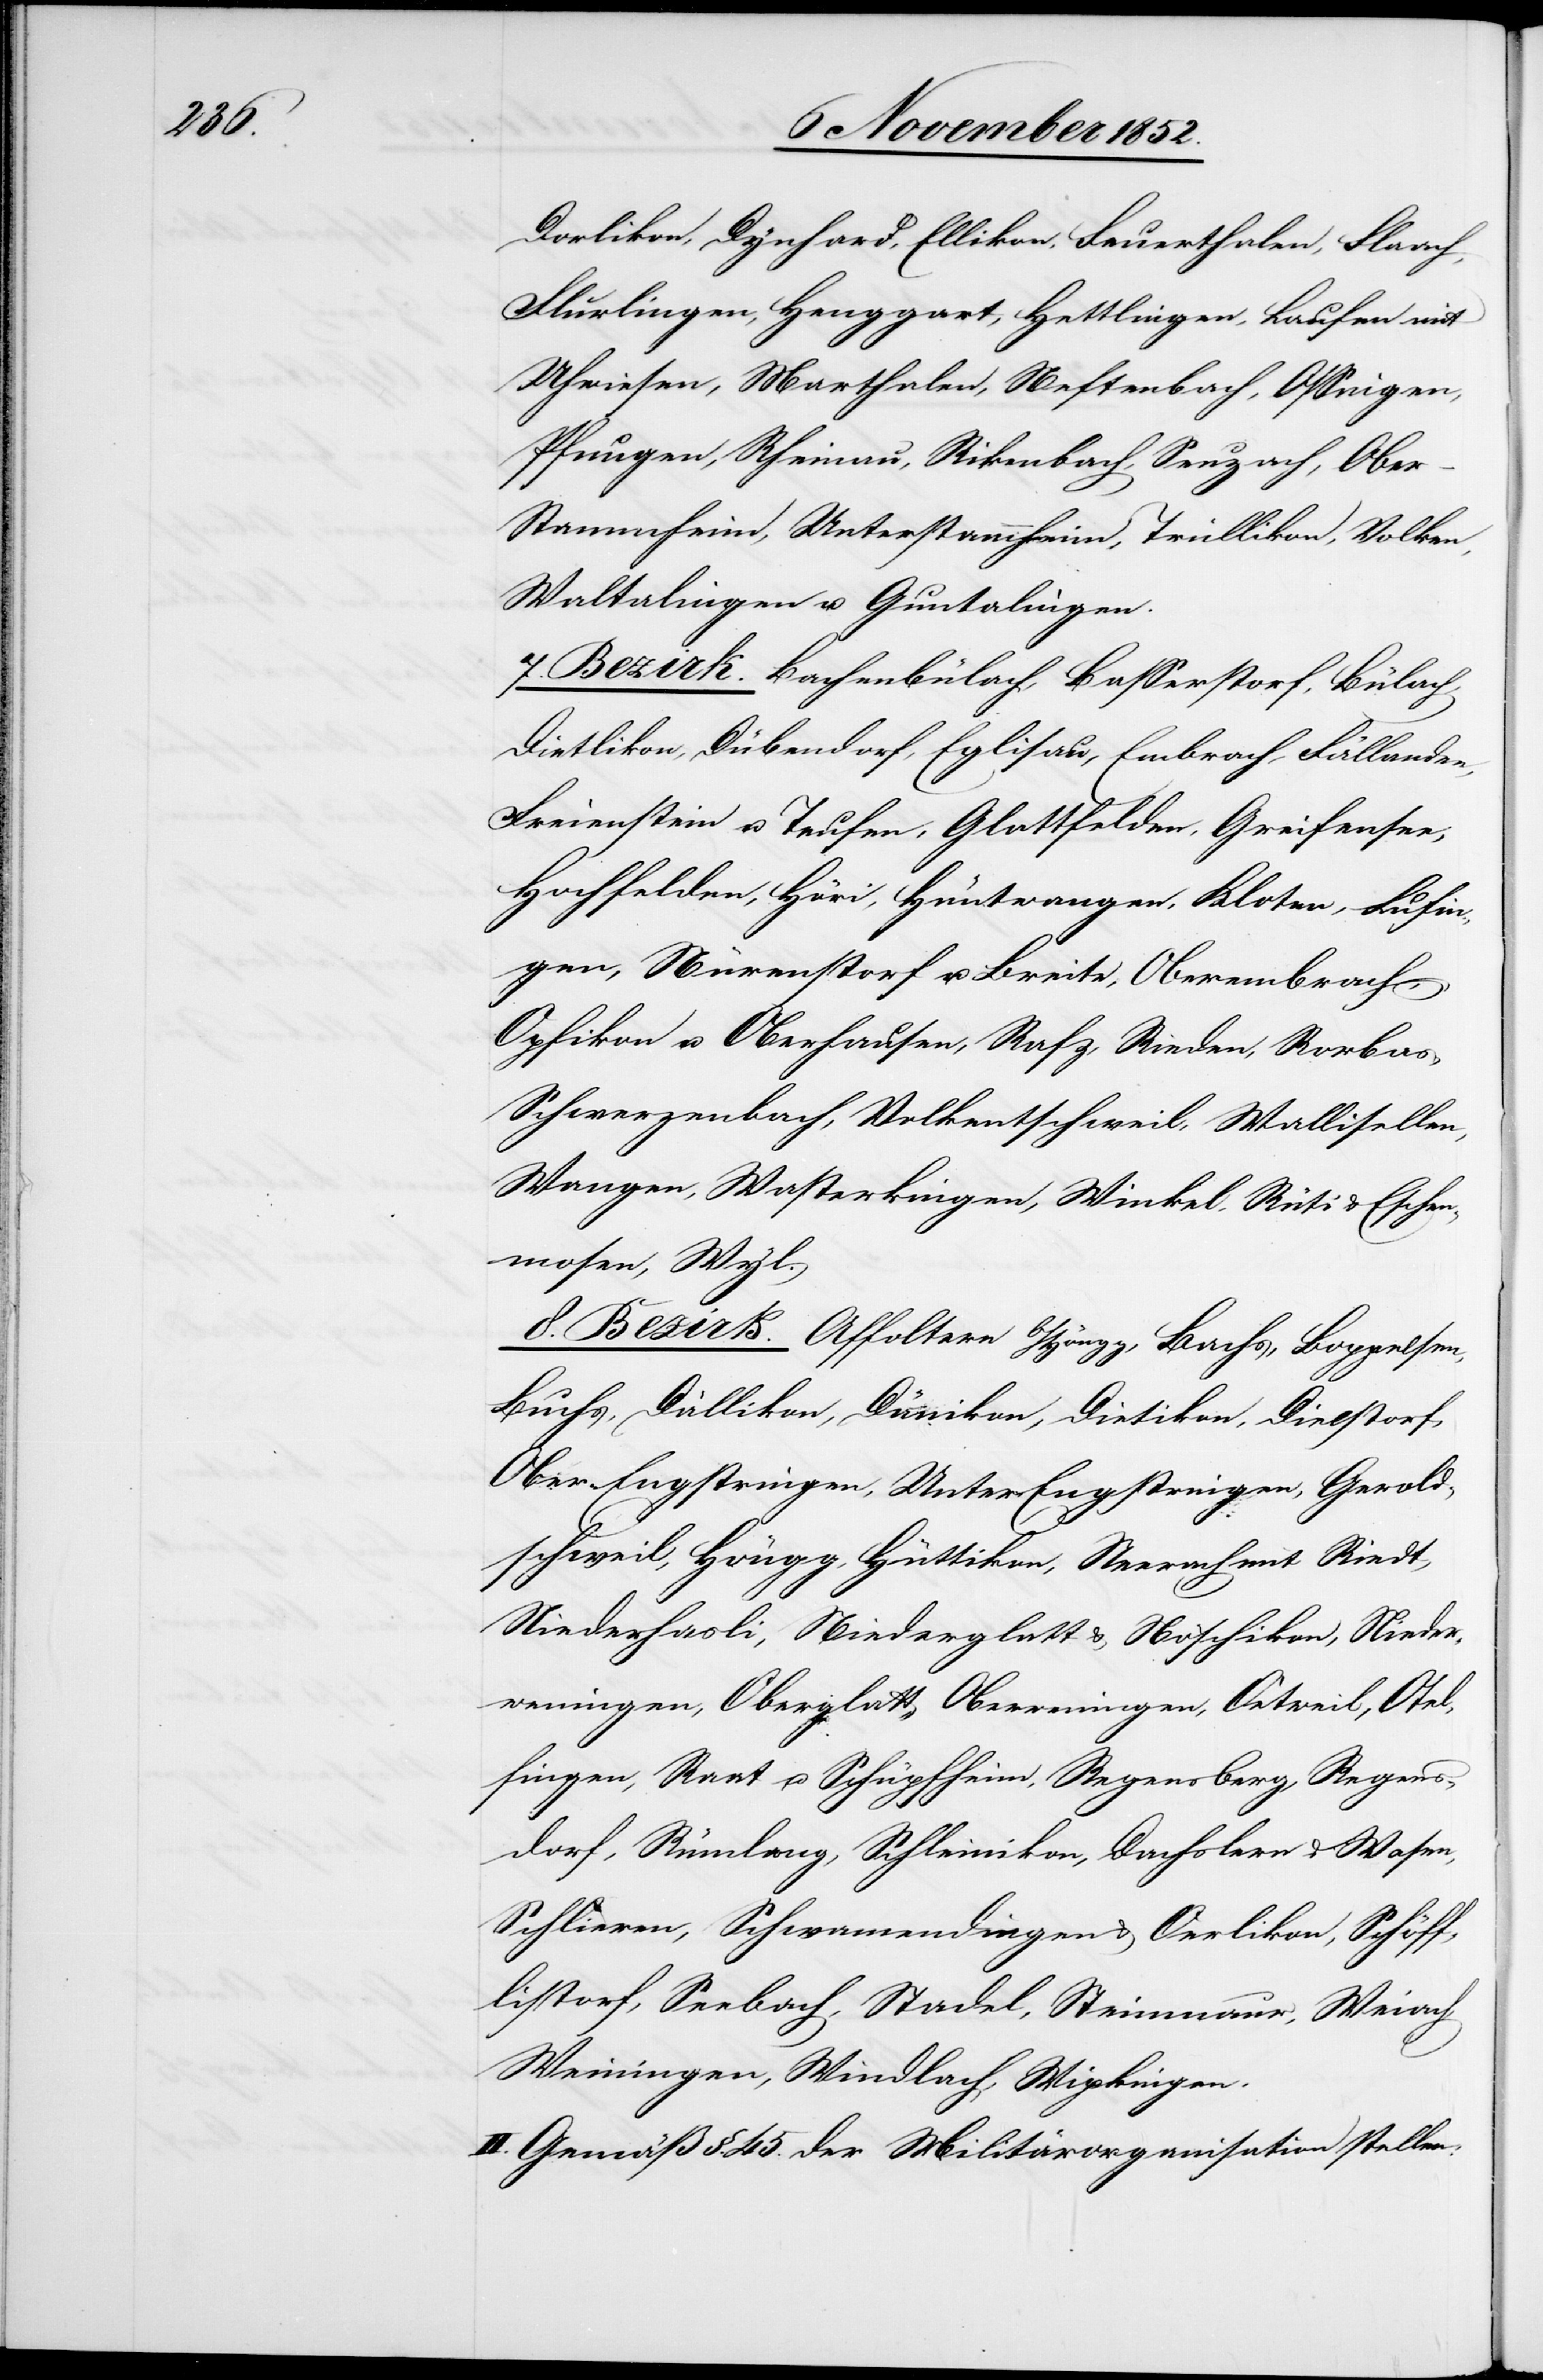
Dorlikon, Dynhard, Ellikon, Feuerthalen, Flaach,
Flurlingen, Henggart, Hettlingen, Laufen mit
Uhwiesen, Marthalen, Neftenbach, Ossingen,
Pfungen, Rheinau, Rikenbach, Seuzach, Obe¬
r-Stammheim, Unterstammheim, Trüllikon, Volken,
Waltalingen u. Guntalingen.
7. Bezirk. Bachenbülach, Basserstorf, Bülach,
Dietlikon, Dübendorf, Eglisau, Embrach, Fällanden,
Freienstein u. Teufen, Glattfelden, Greifensee,
Hochfelden, Höri, Hüntwangen, Kloten, Lufin¬
gen, Nürenstorf u. Breite, Oberembrach,
Opfikon u. Oberhausen, Rafz, Rieden, Rorbas,
Schwerzenbach, Volkentschweil, Wallisellen,
Wangen, Wasterkingen, Winkel, Rüti & Eschen¬
mosen, Wyl.
8. Bezirk. Affoltern b/Höngg, Bachs, Boppelsen,
Buchs, Dällikon, Dänikon, Dietikon, Dielstorf,
Ober-Engstringen, Unter-Engstringen, Gerold¬
schweil, Höngg, Hüttikon, Neerach mit Riedt,
Niederhasli, Niederglatt & Nöschikon, Nieder¬
weningen, Oberglatt, Oberweningen, Oetweil, Otel¬
fingen, Raat u. Schüpfheim, Regensberg, Regens¬
dorf, Rümlang, Schleinikon, Dachslern & Wasen,
Schlieren, Schwamendingen & Oerlikon, Schöff¬
listorf, Seebach, Stadel, Steinmaur, Weiach,
Weiningen, Windlach, Wipkingen.
II. Gemäß §. 45. der Militärorganisation stellen: